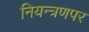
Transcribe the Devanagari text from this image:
नियन्त्रणपर